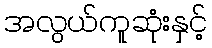
အလွယ်ကူဆုံးနှင့်